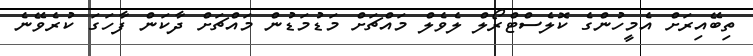
ތިބޭއިރަށް އެމީހުންގެ ކޮލެސްޓްރޯލް ލެވެލް މައްޗަށް މަޑުމަޑުން މައްޗަށް ދާކަން ފާހަގަ ކުރެވޭނެ